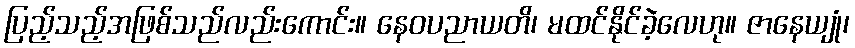
ပြည့်သည့်အဖြစ်သည်လည်းကောင်း။ နေဝပညာယတိ၊ မထင်နိုင်ခဲ့လေဟု။ ဇာနေယျုံ၊